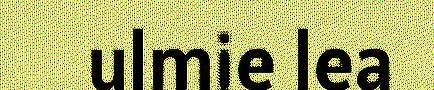
ulmie lea